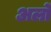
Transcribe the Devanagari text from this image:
अर्लों